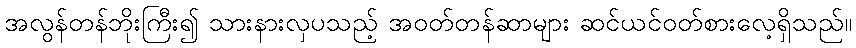
အလွန်တန်ဘိုးကြီး၍ သားနားလှပသည့် အဝတ်တန်ဆာများ ဆင်ယင်ဝတ်စားလေ့ရှိသည်။